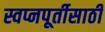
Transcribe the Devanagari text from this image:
स्वप्नपूर्तीसाठी